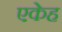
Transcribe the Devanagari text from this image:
एकेह